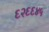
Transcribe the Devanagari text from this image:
६२६६४५